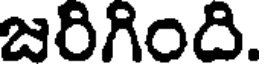
జరిగింది.